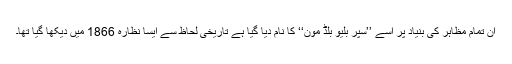
ان تمام مظاہر کی بنیاد پر اسے ’’سپر بلیو بلڈ مون‘‘ کا نام دیا گیا ہے تاریخی لحاظ سے ایسا نظارہ 1866 میں دیکھا گیا تھا۔